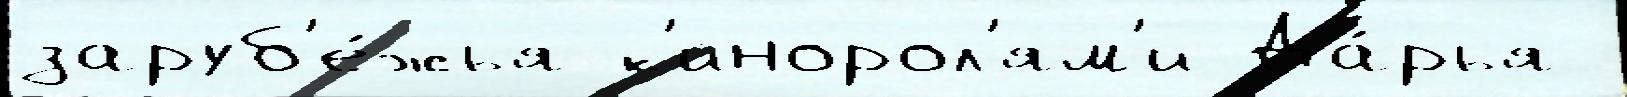
заруб'е́жья к'инорол'ям'и Да́рья